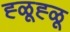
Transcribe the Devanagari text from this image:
ह्ळूह्ळू